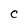
Character: C